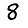
Digit: 8